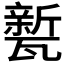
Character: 𭺦